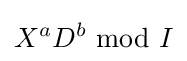
X^{a}D^{b}{\text{ mod }}I